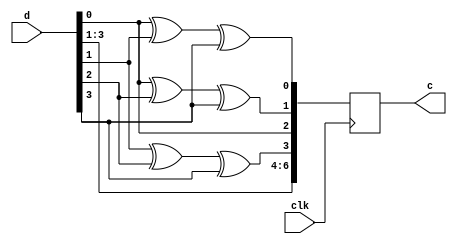
//design code for Hamming encoder
module hamenc(clk,d,c ); 
  input clk;
  input [3:0] d;
  output reg[6:0] c;
  always@(posedge clk)
    begin 
      c[6]=d[3];
      c[5]=d[2]; 
      c[4]=d[1];
      c[3]=d[1]^d[2]^d[3];
      c[2]=d[0];
      c[1]=d[0]^d[2]^d[3]; 
      c[0]=d[0]^d[1]^d[3]; 
    end 
endmodule
//test bench for hamming encoder
module test_encoder;
reg clk;
  reg [3:0]d;
  wire [6:0] c;
hamenc uut (
.clk(clk),
  .d(d),
  .c(c)
);
initial begin
  $dumpfile("dump.vcd");
  $dumpvars(1);
clk = 0;
  d[3:0] = 4'b0000;
#10;
  d[3:0]=4'b1011;
#10;
  $finish;
end
always begin #1 clk=~clk; end
endmodule